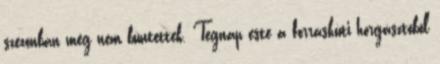
szezonban még nem büntettek. Tegnap este a forráskúti horgásztóból